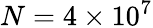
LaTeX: N=4\times 10^{7}